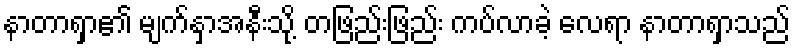
နာတာရှာ၏ မျက်နှာအနီးသို့ တဖြည်းဖြည်း ကပ်လာခဲ့ လေရာ နာတာရှာသည်